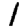
Digit: 1